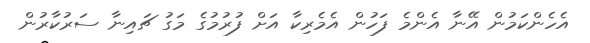
އެހެންކަމުން އޭނާ އެންމެ ފަހުން އެމެރިކާ އަށް ފުރުމުގެ މަގު ޗައިނާ ސަރުކާރުން